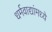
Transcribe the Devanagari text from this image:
धर्मवाद्यांमध्ये